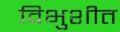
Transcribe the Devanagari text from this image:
विभुशीत